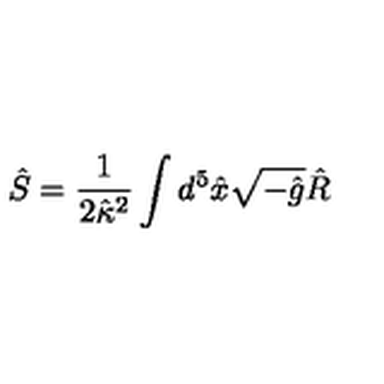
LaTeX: \hat { S } = \frac { 1 } { 2 \hat { \kappa } { } ^ { 2 } } \int d ^ { 5 } \hat { x } \sqrt { - \hat { g } } \hat { R }